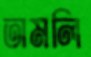
তামলি